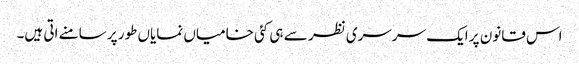
اس قانون پر ایک سرسری نظر سے ہی کئی خامیاں نمایاں طور پر سامنے اتی ہیں۔